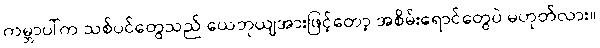
ကမ္ဘာပါ်က သစ်ပင်တွေသည် ယေဘုယျအားဖြင့်တော့ အစိမ်းရောင်တွေပဲ မဟုတ်လား။